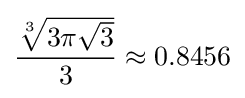
{\frac {\sqrt[{3}]{3\pi {\sqrt {3}}}}{3}}\approx 0.8456